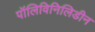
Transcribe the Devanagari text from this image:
पॉलिविनिलिडीन